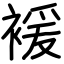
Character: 褑